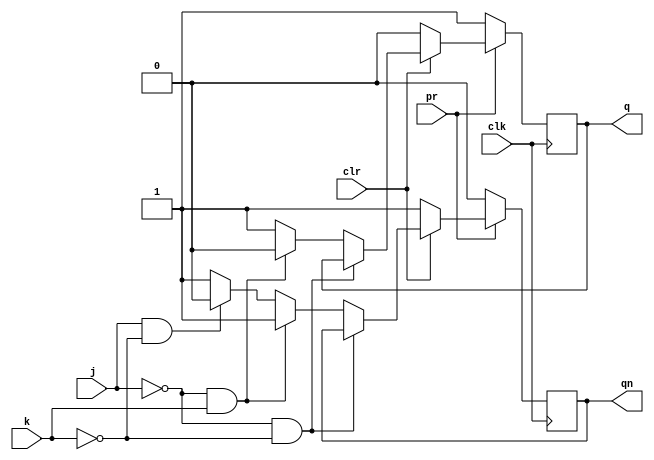
`timescale 1ns / 1ps
//////////////////////////////////////////////////////////////////////////////////
// Company: 
// Engineer: 
// 
// Design Name: 
// Module Name: jkff
// Project Name: 
// Target Devices: 
// Tool Versions: 
// Description: 
// 
// Dependencies: 
// 
// Revision:
// Revision 0.01 - File Created
// Additional Comments:
// 
//////////////////////////////////////////////////////////////////////////////////


module jkff(
    input j,
    input k,
    input clk,
    input clr,
    input pr,
    output reg q,
    output reg qn
    );
    always @(negedge clk)
    begin
    if(pr==0)
    begin
    q<=1;
    qn<=0;
    end
    else if(clr==0)
    begin
    q<=0;
    qn<=1;
    end
    else
    begin
    if(j==0 && k==0)
    begin
    q<=q;
    qn<=qn;
    end
    else if(j==0 && k==1)
    begin
    q<=0;
    qn<=1;
    end
    else if(j==1 && k==0)
    begin
    q<=1;
    qn<=0;
    end
    else
    begin
    q<=1;
    qn<=1;
    end
    end
    end
endmodule